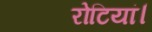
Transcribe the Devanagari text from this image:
रोटियां।